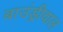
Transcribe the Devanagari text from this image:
बाउंड्रीवाल